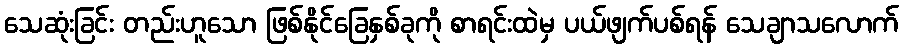
သေဆုံးခြင်း တည်းဟူသော ဖြစ်နိုင်ခြေနှစ်ခုကို စာရင်းထဲမှ ပယ်ဖျက်ပစ်ရန် သေချာသလောက်